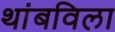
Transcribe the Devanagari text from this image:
थांबविला